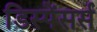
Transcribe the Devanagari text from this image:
डिस्पेंसर्स